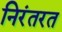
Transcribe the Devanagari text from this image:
निरंतरत